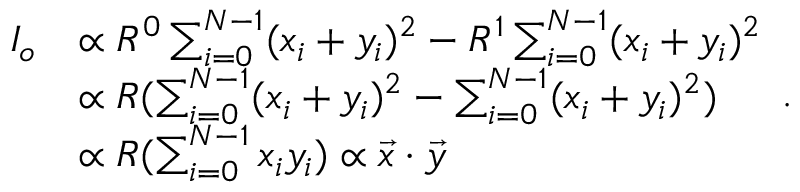
\begin{array} { r l } { I _ { o } } & { \propto R ^ { 0 } \sum _ { i = 0 } ^ { N - 1 } ( x _ { i } + y _ { i } ) ^ { 2 } - R ^ { 1 } \sum _ { i = 0 } ^ { N - 1 } ( x _ { i } + y _ { i } ) ^ { 2 } } \\ & { \propto R ( \sum _ { i = 0 } ^ { N - 1 } ( x _ { i } + y _ { i } ) ^ { 2 } - \sum _ { i = 0 } ^ { N - 1 } ( x _ { i } + y _ { i } ) ^ { 2 } ) } \\ & { \propto R ( \sum _ { i = 0 } ^ { N - 1 } x _ { i } y _ { i } ) \propto \Vec { x } \cdot \Vec { y } } \end{array} .